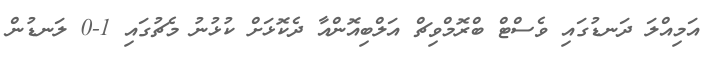
އަމިއްލަ ދަނޑުގައި ވެސްޓް ބްރޮމްވިޗް އަލްބިއޮންއާ ދެކޮޅަށް ކުޅުނު މެޗުގައި 1-0 ލަނޑުން